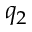
q _ { 2 }